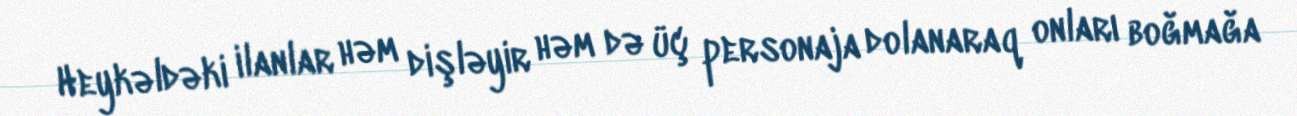
Heykəldəki ilanlar həm dişləyir həm də üç personaja dolanaraq onları boğmağa